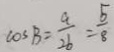
\cos B = \frac { a } { 2 b } = \frac { 5 } { 8 }